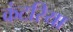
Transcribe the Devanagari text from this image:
कंटरिया